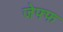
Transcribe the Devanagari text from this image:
जेफ्फ